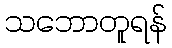
သဘောတူရန်